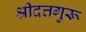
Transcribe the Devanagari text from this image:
श्रीदत्तगुरू